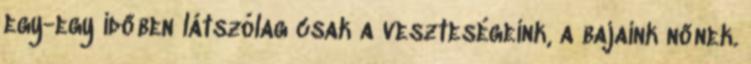
egy-egy időben látszólag csak a veszteségeink, a bajaink nőnek.